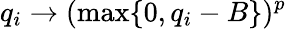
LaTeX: q_{i}\rightarrow(\operatorname*{max}\{ 0,q_{i}-B\} )^{p}